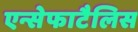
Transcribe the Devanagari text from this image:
एन्सेफाटैलिस